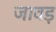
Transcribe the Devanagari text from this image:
जावड़